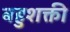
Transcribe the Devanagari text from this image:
बहुशक्ती